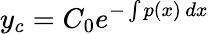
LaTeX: y_{c}=C_{0}e^{-\int p(x)\, dx}